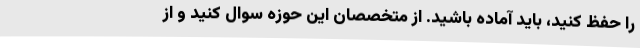
را حفظ کنید، باید آماده باشید. از متخصصان این حوزه سوال کنید و از